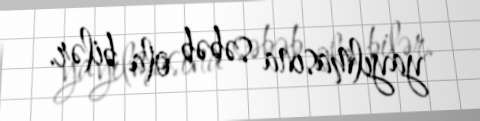
yayılmasına səbəb ola bilər.